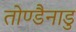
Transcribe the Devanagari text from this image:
तोण्डैनाडु